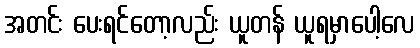
အတင်း ပေးရင်တော့လည်း ယူတန် ယူရမှာပေါ့လေ